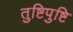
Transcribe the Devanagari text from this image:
तुष्टिपुष्टि